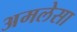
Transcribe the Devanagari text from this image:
अमलेसा